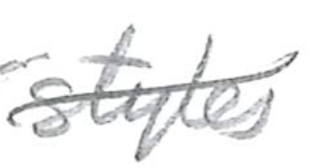
Text: styles
Cross-out: diagonal
Writing tool: pencil